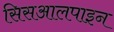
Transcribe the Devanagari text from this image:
सिसआलपाइन